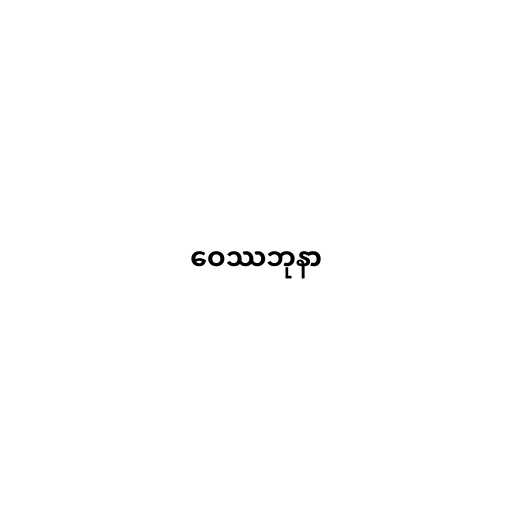
ဝေဿဘုနာ